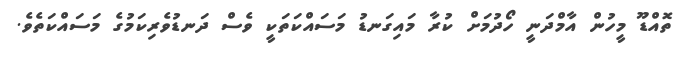
ތޮއްޑޫ މީހުން އާމްދަނީ ހޯދުމަށް ކުރާ މައިގަނޑު މަސައްކަތަކީ ވެސް ދަނޑުވެރިކަމުގެ މަސައްކަތެވެ.